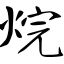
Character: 烷